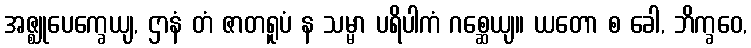
အဇ္ဈုပေက္ခေယျ, ဌာနံ တံ ဇာတရူပံ န သမ္မာ ပရိပါကံ ဂစ္ဆေယျ။ ယတော စ ခေါ, ဘိက္ခဝေ,